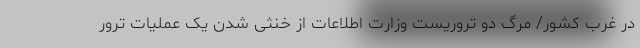
در غرب کشور/ مرگ دو تروریست وزارت اطلاعات از خنثی شدن یک عملیات ترور